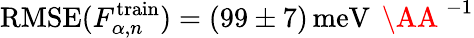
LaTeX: \mathrm{RMSE}(F_{\alpha,n}^{\mathrm{train}})=(99\pm 7)\, \mathrm{meV}\, \mathrm{~\AA~}^{-1}